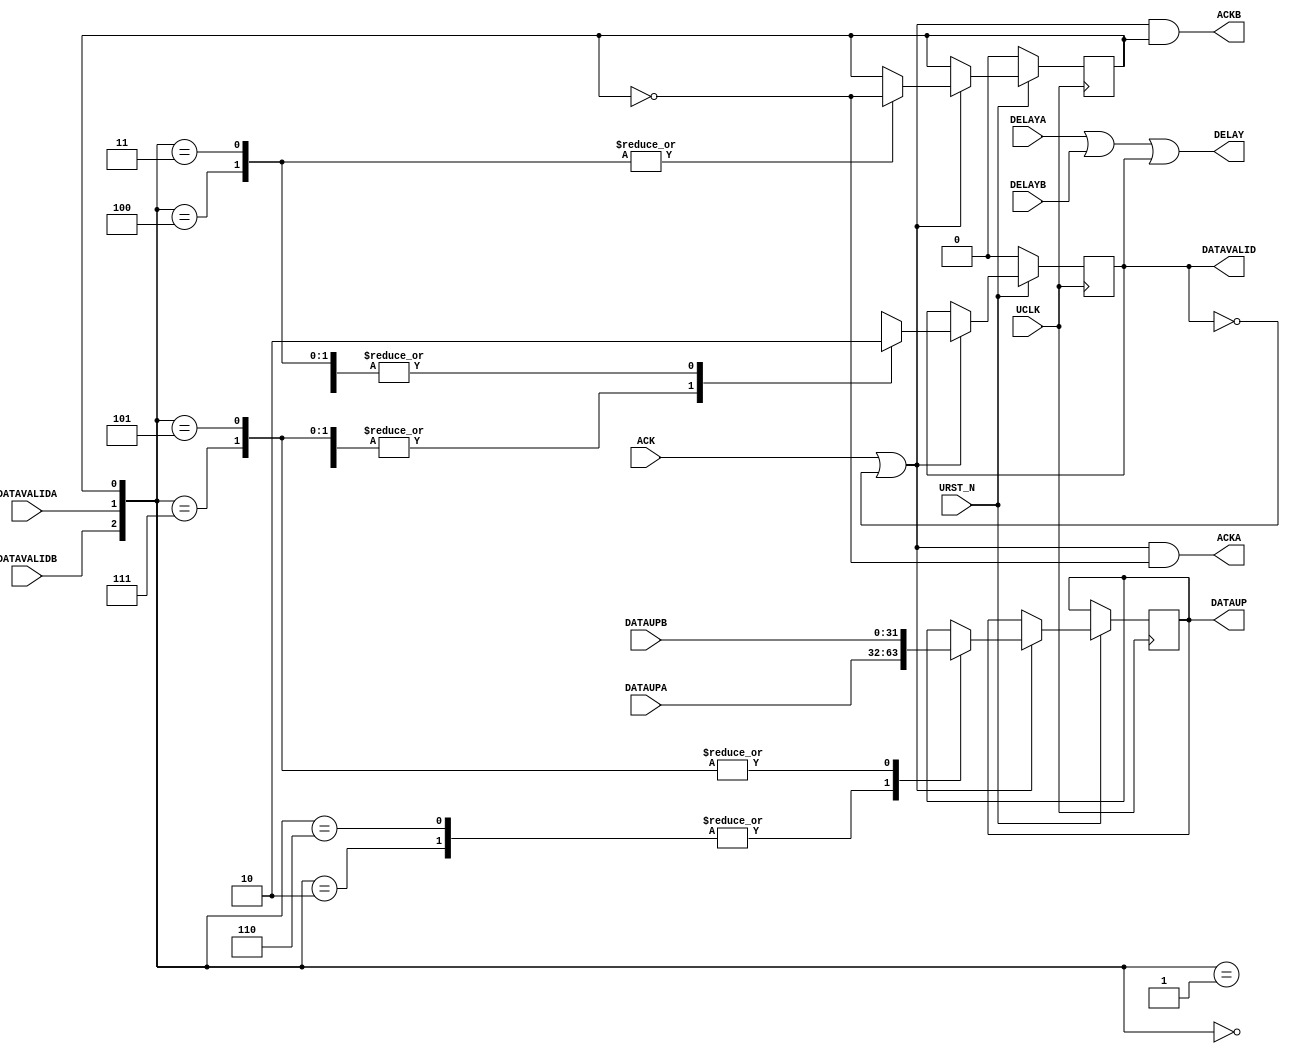

// Copyright (c) 2000-2009 Bluespec, Inc.

// Permission is hereby granted, free of charge, to any person obtaining a copy
// of this software and associated documentation files (the "Software"), to deal
// in the Software without restriction, including without limitation the rights
// to use, copy, modify, merge, publish, distribute, sublicense, and/or sell
// copies of the Software, and to permit persons to whom the Software is
// furnished to do so, subject to the following conditions:

// The above copyright notice and this permission notice shall be included in
// all copies or substantial portions of the Software.

// THE SOFTWARE IS PROVIDED "AS IS", WITHOUT WARRANTY OF ANY KIND, EXPRESS OR
// IMPLIED, INCLUDING BUT NOT LIMITED TO THE WARRANTIES OF MERCHANTABILITY,
// FITNESS FOR A PARTICULAR PURPOSE AND NONINFRINGEMENT. IN NO EVENT SHALL THE
// AUTHORS OR COPYRIGHT HOLDERS BE LIABLE FOR ANY CLAIM, DAMAGES OR OTHER
// LIABILITY, WHETHER IN AN ACTION OF CONTRACT, TORT OR OTHERWISE, ARISING FROM,
// OUT OF OR IN CONNECTION WITH THE SOFTWARE OR THE USE OR OTHER DEALINGS IN
// THE SOFTWARE.
//
// $Revision: 23186 $
// $Date: 2011-02-09 14:23:35 +0000 (Wed, 09 Feb 2011) $

`ifdef BSV_ASSIGNMENT_DELAY
`else
`define BSV_ASSIGNMENT_DELAY
`endif

module ProbeMux (
                 UCLK,
                 URST_N,
                 // Up link
                 DELAY,
                 DATAUP,
                 DATAVALID,
                 ACK,
                 // A inputs
                 DELAYA,
                 DATAUPA,
                 DATAVALIDA,
                 ACKA,
                 // B inputs
                 DELAYB,
                 DATAUPB,
                 DATAVALIDB,
                 ACKB
                 );
   input UCLK;
   input URST_N;

   input [31:0] DATAUPA;
   input        DATAVALIDA;
   input        DELAYA;
   output       ACKA;

   input [31:0] DATAUPB;
   input        DATAVALIDB;
   input        DELAYB;
   output       ACKB;

   output [31:0] DATAUP;
   output        DELAY;
   output        DATAVALID;
   input         ACK;

   // Output declarations
   reg [31:0]    DATAUP;
   wire          DELAY;
   wire          ACKA;
   wire          ACKB;
   wire          DATAVALID;

   // other registers
   reg           AorB;
   reg           sending;

   wire          free = sending == 1'b0;

   assign DELAY  = DELAYA || DELAYB || sending;
   assign DATAVALID = sending;

   // Pass acks to children
   assign ACKA = (ACK || free) && ! AorB ;
   assign ACKB = (ACK || free) &&   AorB ;

   always @(posedge UCLK) begin
      if (URST_N != 1'b1) begin
         sending <= `BSV_ASSIGNMENT_DELAY 1'b0;
         AorB    <= `BSV_ASSIGNMENT_DELAY 1'b0;
      end
      else if (ACK ||  free)
        begin
         case ({DATAVALIDB, DATAVALIDA, AorB})
           3'b000, 3'b001: begin
              sending <= `BSV_ASSIGNMENT_DELAY 1'b0;
           end
           3'b110, 3'b010: begin         // send A
              sending <= `BSV_ASSIGNMENT_DELAY 1'b1;
              DATAUP <= `BSV_ASSIGNMENT_DELAY DATAUPA;
           end
           3'b100: begin        // send B -- flip
              sending <= `BSV_ASSIGNMENT_DELAY 1'b0;
              AorB <= `BSV_ASSIGNMENT_DELAY !AorB;
           end
           3'b101, 3'b111: begin // send B
              sending <= `BSV_ASSIGNMENT_DELAY 1'b1;
              DATAUP <= `BSV_ASSIGNMENT_DELAY DATAUPB;
              end
           3'b011: begin        // send A -- flip
              sending <= `BSV_ASSIGNMENT_DELAY 1'b0;
              AorB <= `BSV_ASSIGNMENT_DELAY ! AorB;
           end
         endcase
      end
   end

`ifdef BSV_NO_INITIAL_BLOCKS
`else // not BSV_NO_INITIAL_BLOCKS
   // synopsys translate_off
   initial begin
      sending <= 1'b0;
      DATAUP  <= { 16 {2'b10} };
      AorB    <= 1'b0;
   end
   // synopsys translate_on
`endif

endmodule